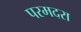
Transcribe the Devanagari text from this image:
परमदरा